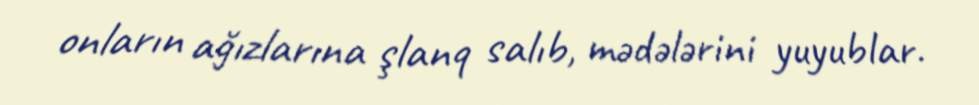
onların ağızlarına şlanq salıb, mədələrini yuyublar.